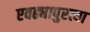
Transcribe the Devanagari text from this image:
एवढ्यापुरत्या